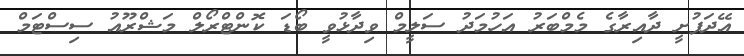
އޭދަފުށީ ދާއިރާގެ މެމްބަރު އަހުމަދު ސަލީމް ވިދާޅުވީ ބޯޑަ ކޮންޓްރޯލް މަޝްރޫއު ސިސްޓަމް